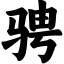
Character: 骋